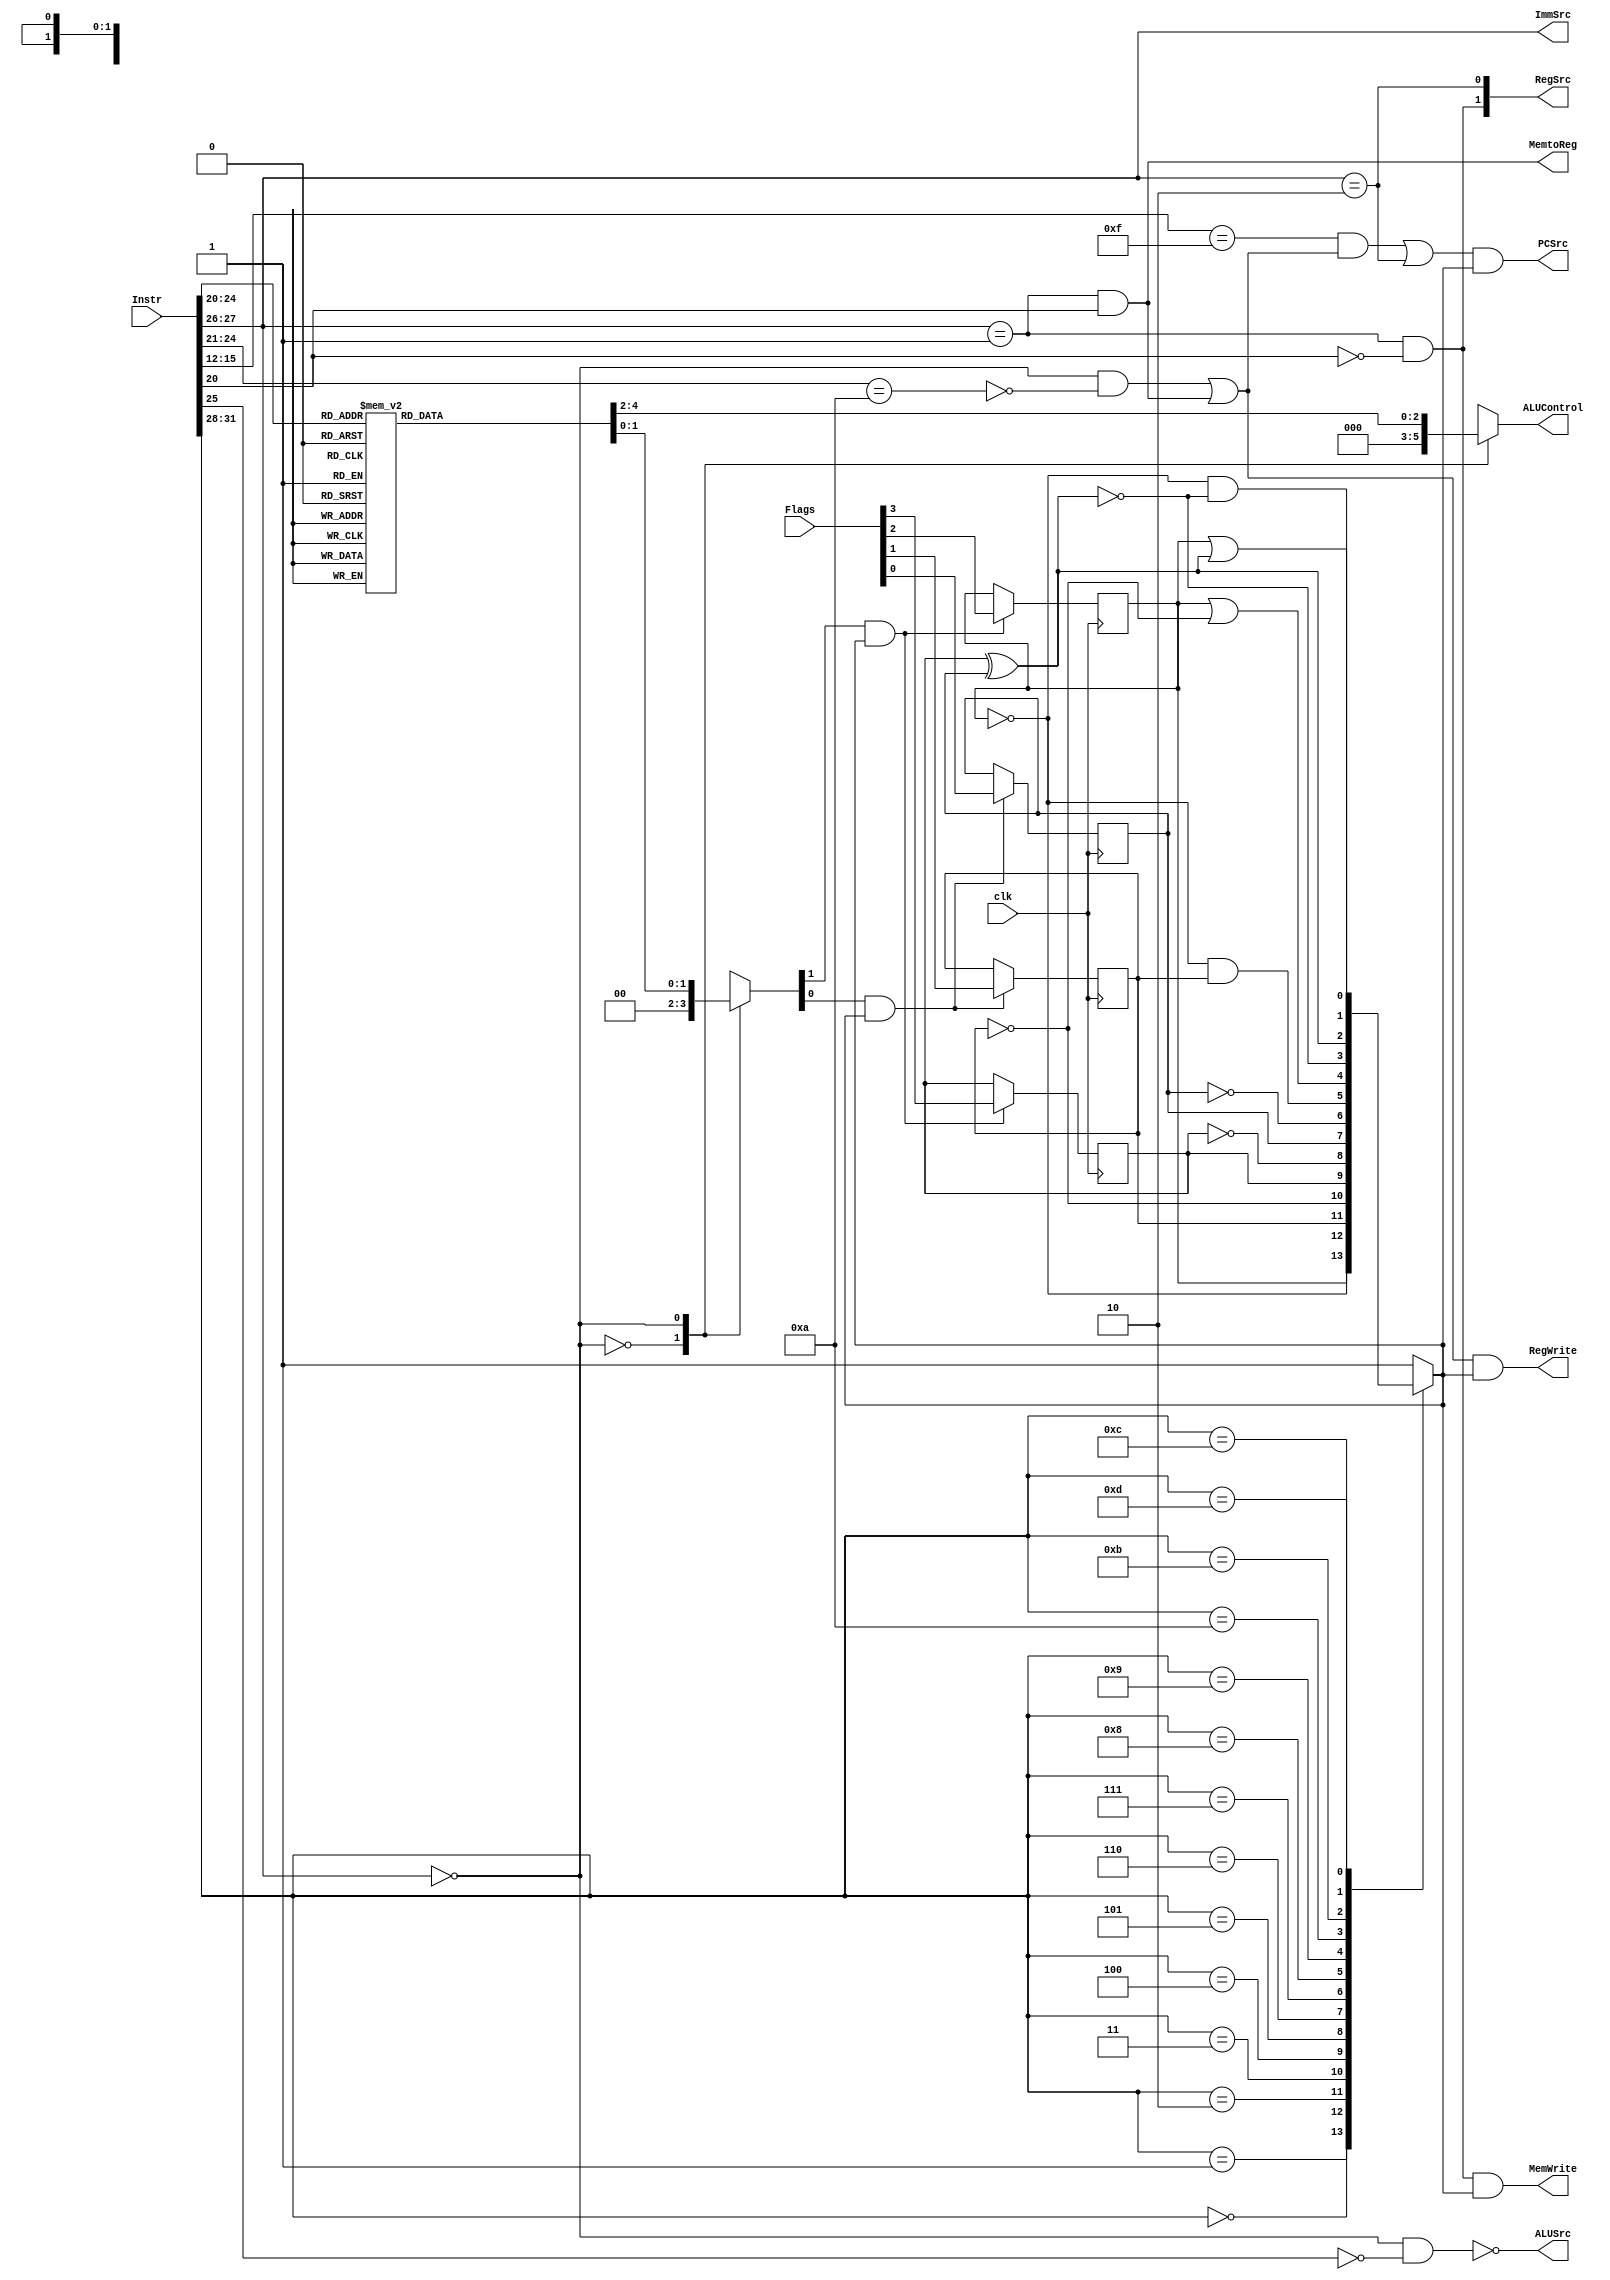
module controlunit(PCSrc,MemtoReg,MemWrite,ALUControl,ALUSrc,ImmSrc,RegWrite,RegSrc,
                   Instr,Flags,clk);
  output          PCSrc, MemtoReg, MemWrite,ALUSrc,RegWrite;
  output [1:0]    ImmSrc, RegSrc;
  output [2:0]    ALUControl;
  input  [31:0]   Instr;
  input  [3:0]    Flags;
  input           clk;

  reg             N,Z,C,V;    // For processor storage of status flags
  reg             CondEx;     // Is the condition satisfied for storage
  reg    [1:0]    FlagW;
  reg    [2:0]    ALUControl;

  // Parsing of Instr into identifiable segments.
  wire   [3:0]    Cond, Rd;
  wire   [1:0]    Op;
  wire   [5:0]    Funct;
  wire            S;

  // Main decoder signals from Table 7.2
  wire            Branch, MemW, RegW, ALUOp;
  // Output of the PC Logic Block (Figure 7.14)
  wire            PCS;

  // Provide the internal decoding names of the instruction field bits.
  assign  Cond  = Instr[31:28];
  assign  Op    = Instr[27:26];
  assign  Funct = Instr[25:20];
  assign  Rd    = Instr[15:12];
  assign  S     = Instr[20];

  // Build the logic of Table 7.2, the Main Decoder
  assign  Branch   = (Op==2'b10);
  assign  MemtoReg = (Op==2'b01)&&(Funct[0]);
  assign  MemW     = (Op==2'b01)&&(!Funct[0]);
  assign  ALUSrc   = !((Op==2'b00)&&(!Funct[5]));
  assign  ImmSrc   = Op;
  assign  RegW     = ((Op==2'b00)&&(!(Funct[4:1]==4'b1010))) || ((Op==2'b01)&&Funct[0]);
  assign  RegSrc[1]= (Op==2'b01)&&(!Funct[0]);
  assign  RegSrc[0]= (Op==2'b10);
  assign  ALUOp    = (Op==2'b00);

  // The PC Logic block
  assign  PCS = ((Rd==4'd15) && RegW) || Branch;

  // Build the logic of Table 7.3, the ALU Decoder
  always @(ALUOp,Funct,S)
    case(ALUOp)
      1'b0:   {ALUControl,FlagW} = 4'b000_00;
      1'b1:   case({Funct[4:1],S})
                5'b0100_0:  {ALUControl,FlagW} = 5'b000_00;  // ADD
                5'b0100_1:  {ALUControl,FlagW} = 5'b000_11;  // ADDS
                5'b0010_0:  {ALUControl,FlagW} = 5'b001_00;  // SUB
                5'b0010_1:  {ALUControl,FlagW} = 5'b001_11;  // SUBS
                5'b0000_0:  {ALUControl,FlagW} = 5'b010_00;  // AND
                5'b0000_1:  {ALUControl,FlagW} = 5'b010_10;  // ANDS
                5'b1100_0:  {ALUControl,FlagW} = 5'b011_00;  // ORR
                5'b1100_1:  {ALUControl,FlagW} = 5'b011_10;  // ORRS
                5'b1010_0:  {ALUControl,FlagW} = 5'b001_11;  // CMP
                5'b1010_1:  {ALUControl,FlagW} = 5'b001_11;  // CMPS
                5'b0001_0:  {ALUControl,FlagW} = 5'b100_00;  // EOR
                5'b0001_1:  {ALUControl,FlagW} = 5'b100_10;  // EORs
                default:    {ALUControl,FlagW} = 5'b00_00;  
              endcase
      default: {ALUControl,FlagW} = 4'b000_00;
    endcase

  // The processor storage of status flags
  always @(posedge clk) begin
    N <= (FlagW[1]&&CondEx) ? Flags[3] : N;
    Z <= (FlagW[1]&&CondEx) ? Flags[2] : Z;
    C <= (FlagW[0]&&CondEx) ? Flags[1] : C;
    V <= (FlagW[0]&&CondEx) ? Flags[0] : V;
  end

  // Determination of condition satisfied (full interpretation of Table 6.3)
  always @(Cond,N,Z,C,V)
    case(Cond)
      4'b0000:    CondEx = Z;                     // EQ
      4'b0001:    CondEx = !Z;                    // NE
      4'b0010:    CondEx = C;                     // CS/HS
      4'b0011:    CondEx = !C;                    // CC/LO
      4'b0100:    CondEx = N;                     // MI
      4'b0101:    CondEx = !N;                    // PL
      4'b0110:    CondEx = V;                     // VS
      4'b0111:    CondEx = !V;                    // VC
      4'b1000:    CondEx = (!Z) && C;             // HI
      4'b1001:    CondEx = Z || (!C);             // LS
      4'b1010:    CondEx = !(N ^ V);              // GE
      4'b1011:    CondEx = N ^ V;                 // LT
      4'b1100:    CondEx = (!Z) && (!(N ^ V));    // GT
      4'b1101:    CondEx = Z || (N ^ V);          // LE
      4'b1110:    CondEx = 1;                     // AL
      default:    CondEx = 1;
    endcase

  // Conditionally controlled updates to PC, Reg, Mem
  assign  PCSrc = PCS && CondEx;
  assign  RegWrite = RegW && CondEx;
  assign  MemWrite = MemW && CondEx;
endmodule